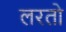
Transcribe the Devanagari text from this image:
लरतो